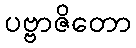
ပဗ္ဗာဇိတော